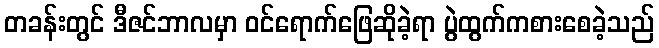
တခန်းတွင် ဒီဇင်ဘာလမှာ ဝင်ရောက်ဖြေဆိုခဲ့ရာ ပွဲထွက်ကစားစေခဲ့သည်